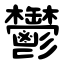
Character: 鬱